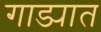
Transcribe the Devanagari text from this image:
गाड्यात